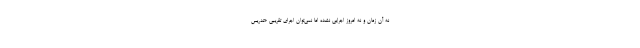
نه آن زمان و نه امروز اجرايي نشده اما نمي‌توان اجراي تقريبي «تدريس